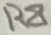
Text: R8